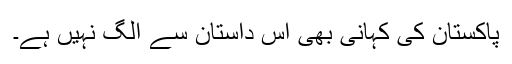
پاکستان کی کہانی بھی اس داستان سے الگ نہیں ہے۔